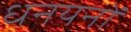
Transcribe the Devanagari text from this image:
धनयनों